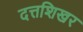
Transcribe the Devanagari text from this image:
दत्तशिखर